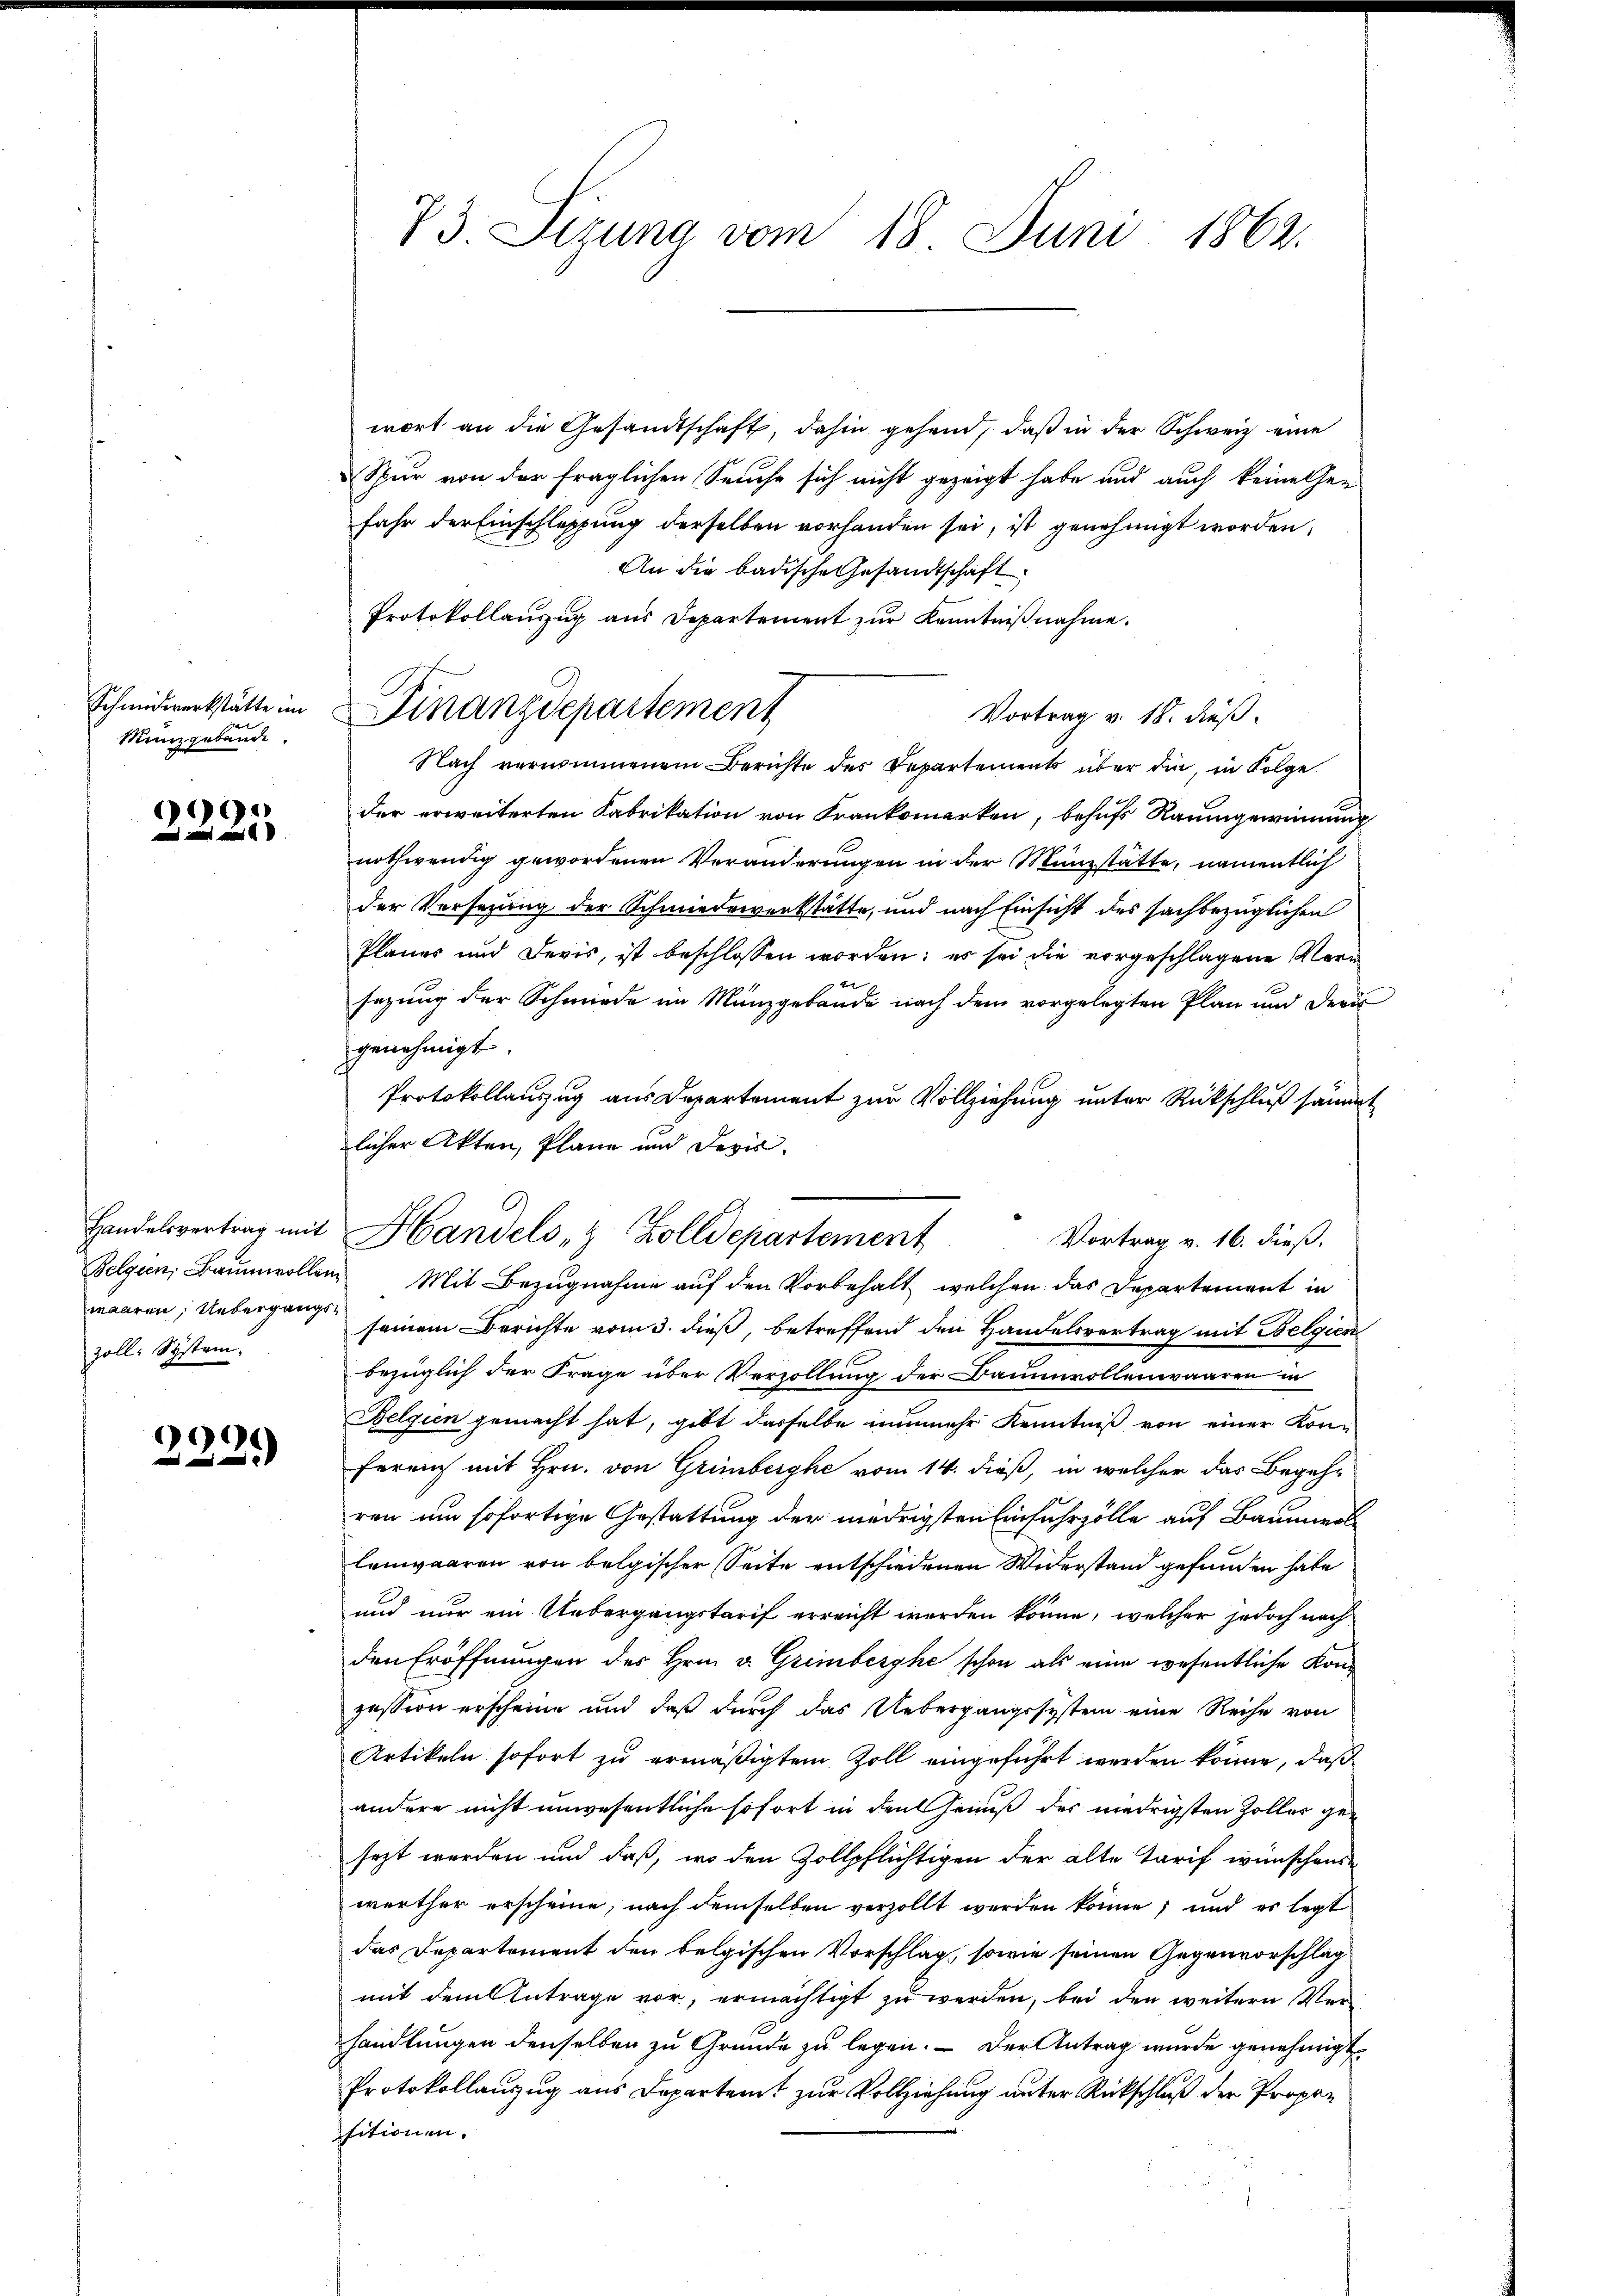
Münzgebäude.

90

zoll-System.

¬
2229)

wort an die Gesandtschaft, dahin gehend, daß in der Schweiz eine
Spur von der fraglichen Seuche sich nicht gezeigt habe und auch keine Gefahr der Einschleppung derselben vorhanden sei, ist genehmigt worden,
An die badische Gesandtschaft
Protokollaŭzŭg aŭs Departement zŭr Kenntniβnahme.
Vortrag v. 18. dieß.
Nach vernommenem Berichte des Departements über die, in Folge
der erweiterten Fabrikation von Frankomerken, behufs Raumgewinnung
nothwendig gewordenen Veränderungen in der Münzstätte, namentlich
der Versezung der Schmiederwerkstätte, und nach Einsicht des sachbezüglichen
Planes und Devis, ist beschlossen worden; es sei die vorgeschlagene Vern
sezung der Schmiede im Münzgebäude nach dem vorgelegten Plan und der
genehmigt.
Protokollauszug aus Departement zur Vollziehung unter Rückschluß sämm
licher Akten, Plane und Devis
Vortrag v. 16. dieß.
Belgien, Baumwollen Mit Bezugnahme auf den Vorbehalt, welchen das Departement in
waaren; Uebergangs seinem Berichte vom 3. dieß, betreffend den Handelsvertrag mit Belgien
bezüglich der Frage über Verzollung der Baumwollenwaaren in
Belgien gemacht hat, gibt dasselbe nunmehr Kenntniß von einer Kon-
ferenz mit Hrn. von Grimberghe vom 14. dieß, in welcher das Begehren um sofortige Gestattung der niedrigsten Einfuhrzölle auf Baumwol
lenwaaren von belgischer Seite entschiedenen Widerstand gefunden habe
und nur ein Uebergangstarif erreicht werden könne, welcher jedoch nach
den Eröffnungen des Hrn. v. Grimberghe schon als eine wesentliche Konzession erscheine und daß durch das Uebergangssystem eine Reihe von
Artikeln sofort zu ermäßigtem Zoll eingeführt werden könne, daß
andere nicht unwesentliche sofort in den Genuß des niedrigsten Zoller gesezt werden und daß, wo den Zollpflichtigen der alte Tarif wünschens-
werther erscheine, nach demselben verzollt werden könne; und es legt
das Departement den belgischen Vorschlag, sowie seinen Gegenvorschläg
mit dem Antrage vor, ermächtigt zu werden, bei den weitern Verhandlungen denselben zu Grunde zu legen. — Der Antrag wurde genehmigt.
Protokollanzug aus Departamt zur Vollziehung unter Rückschluß der Propositionen.

73. Sizung vom 18. Juni 1862.

Schmidwerkstätte im Finanzdepartement

Handelsvertrag mit Handels- & Zolldepartement